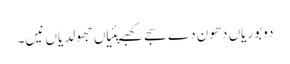
دو بوریاں دھون دے سجے کھبے پئیاں جھولدیاں نیں۔